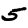
Digit: 5